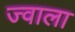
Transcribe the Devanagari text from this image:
ज्‍वाला